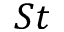
S t